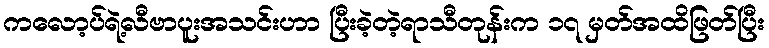
ကလော့ပ်ရဲ့လီဗာပူးအသင်းဟာ ပြီးခဲ့တဲ့ရာသီတုန်းက ၁၇ မှတ်အထိဖြတ်ပြီး